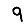
Digit: 9